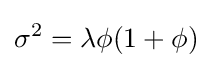
\sigma ^{2}=\lambda \phi (1+\phi )